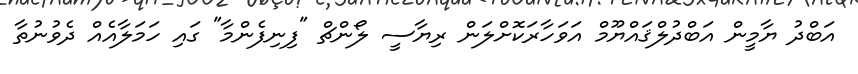
އަބްދު ޔާމީން އަބްދުލްޤައްޔޫމް އަވަހާރަކޮށްލަން ރިޔާސީ ލޯންޗް "ފިނިފެންމާ" ގައި ހަމަލާއެއް ދެވުނުތާ